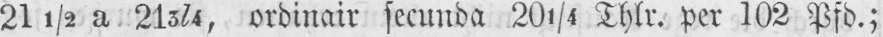
211/2 a 213/4, ordinair secunda 201/4 Thlr. per 102 Pfd.;